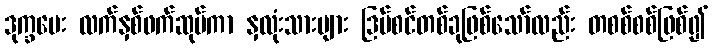
ဒုက္ခပေး လက်နှစ်ဖက်ဆုပ်ကာ နှလုံးသားများ ဒြပ်စင်တစ်ခုဖြစ်သော်လည်း တစစ်စစ်ဖြစ်၍